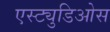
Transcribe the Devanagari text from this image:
एस्ट्युडिओस